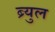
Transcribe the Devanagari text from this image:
ब्र्युल